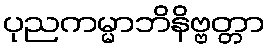
ပုညကမ္မာဘိနိဗ္ဗတ္တာ